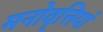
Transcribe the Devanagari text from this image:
मनोवृत्तियां